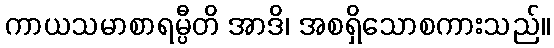
ကာယသမာစာရမ္ပီတိ အာဒိ၊ အစရှိသောစကားသည်။